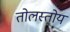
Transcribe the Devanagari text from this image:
तोलस्तोय